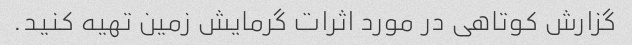
گزارش کوتاهی در مورد اثرات گرمایش زمین تهیه کنید.